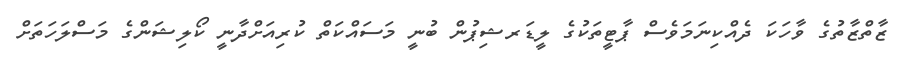
ޒާތްޒާތުގެ ވާހަކަ ދެއްކިނަމަވެސް ޕާޓީތަކުގެ ލީޑަރޝިޕުން ބުނީ މަސައްކަތް ކުރިއަށްދާނީ ކޯލިޝަންގެ މަސްލަހަތަށް